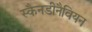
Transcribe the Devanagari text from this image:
स्कैनडीनैवियन